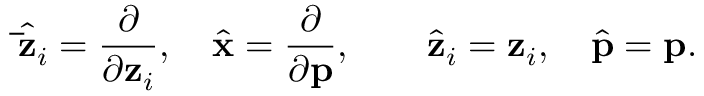
{ \hat { \bf { \bar { z } } } } _ { i } = \frac { \partial } { \partial { \bf z } _ { i } } , \quad { \hat { \bf x } } = \frac { \partial } { \partial { \bf p } } , \quad \quad { \hat { \bf { z } } } _ { i } = { \bf z } _ { i } , \quad { \hat { \bf p } } = { \bf p } .